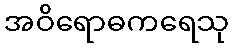
အဝိရောဓကရေသု